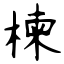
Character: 楝